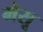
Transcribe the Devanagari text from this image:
मेसू